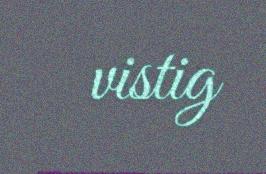
vistig